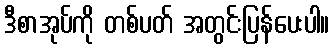
ဒီစာအုပ်ကို တစ်ပတ် အတွင်းပြန်ပေးပါ။